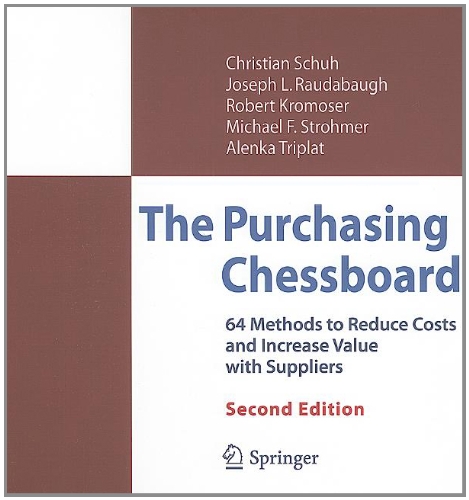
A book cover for The Purchasing Chessboard: 64 Methods to Reduce Costs and Increase Value with Suppliers; Christian Schuh; Business & Money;